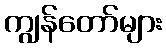
ကျွန်တော်များ